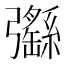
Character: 𢑄